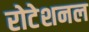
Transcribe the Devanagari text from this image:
रोटेशनल